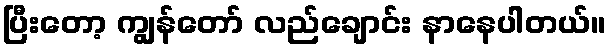
ပြီးတော့ ကျွန်တော် လည်ချောင်း နာနေပါတယ်။